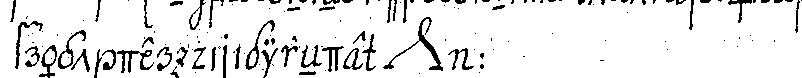
frägt der dirigireNde *nee* :